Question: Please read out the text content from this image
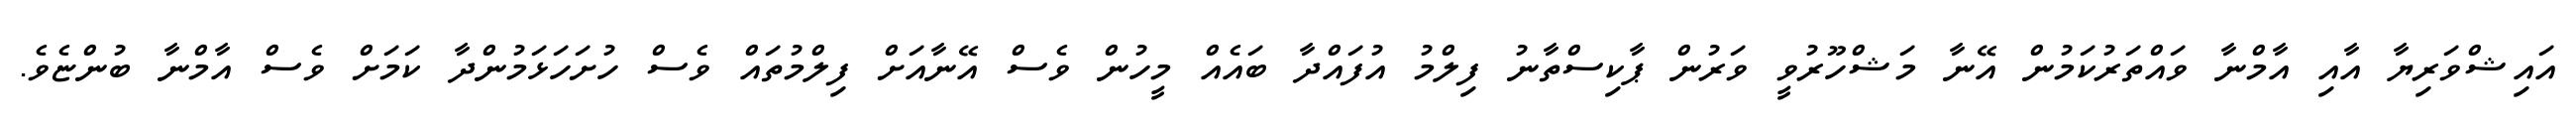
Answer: އައިޝްވަރިޔާ އާއި އާމްނާ ވައްތަރުކަމުން އޭނާ މަޝްހޫރުވީ ވަރުން ޕާކިސްތާނު ފިލްމު އުފައްދާ ބައެއް މީހުން ވެސް އޭނާއަށް ފިލްމުތައް ވެސް ހުށަހަޅަމުންދާ ކަމަށް ވެސް އާމްނާ ބުންޏެވެ.